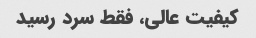
کیفیت عالی، فقط سرد رسید